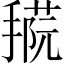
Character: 𢴝